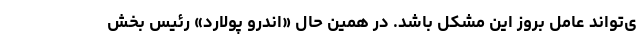
ی‌تواند عامل بروز این مشکل باشد. در همین حال «اندرو پولارد» رئیس بخش